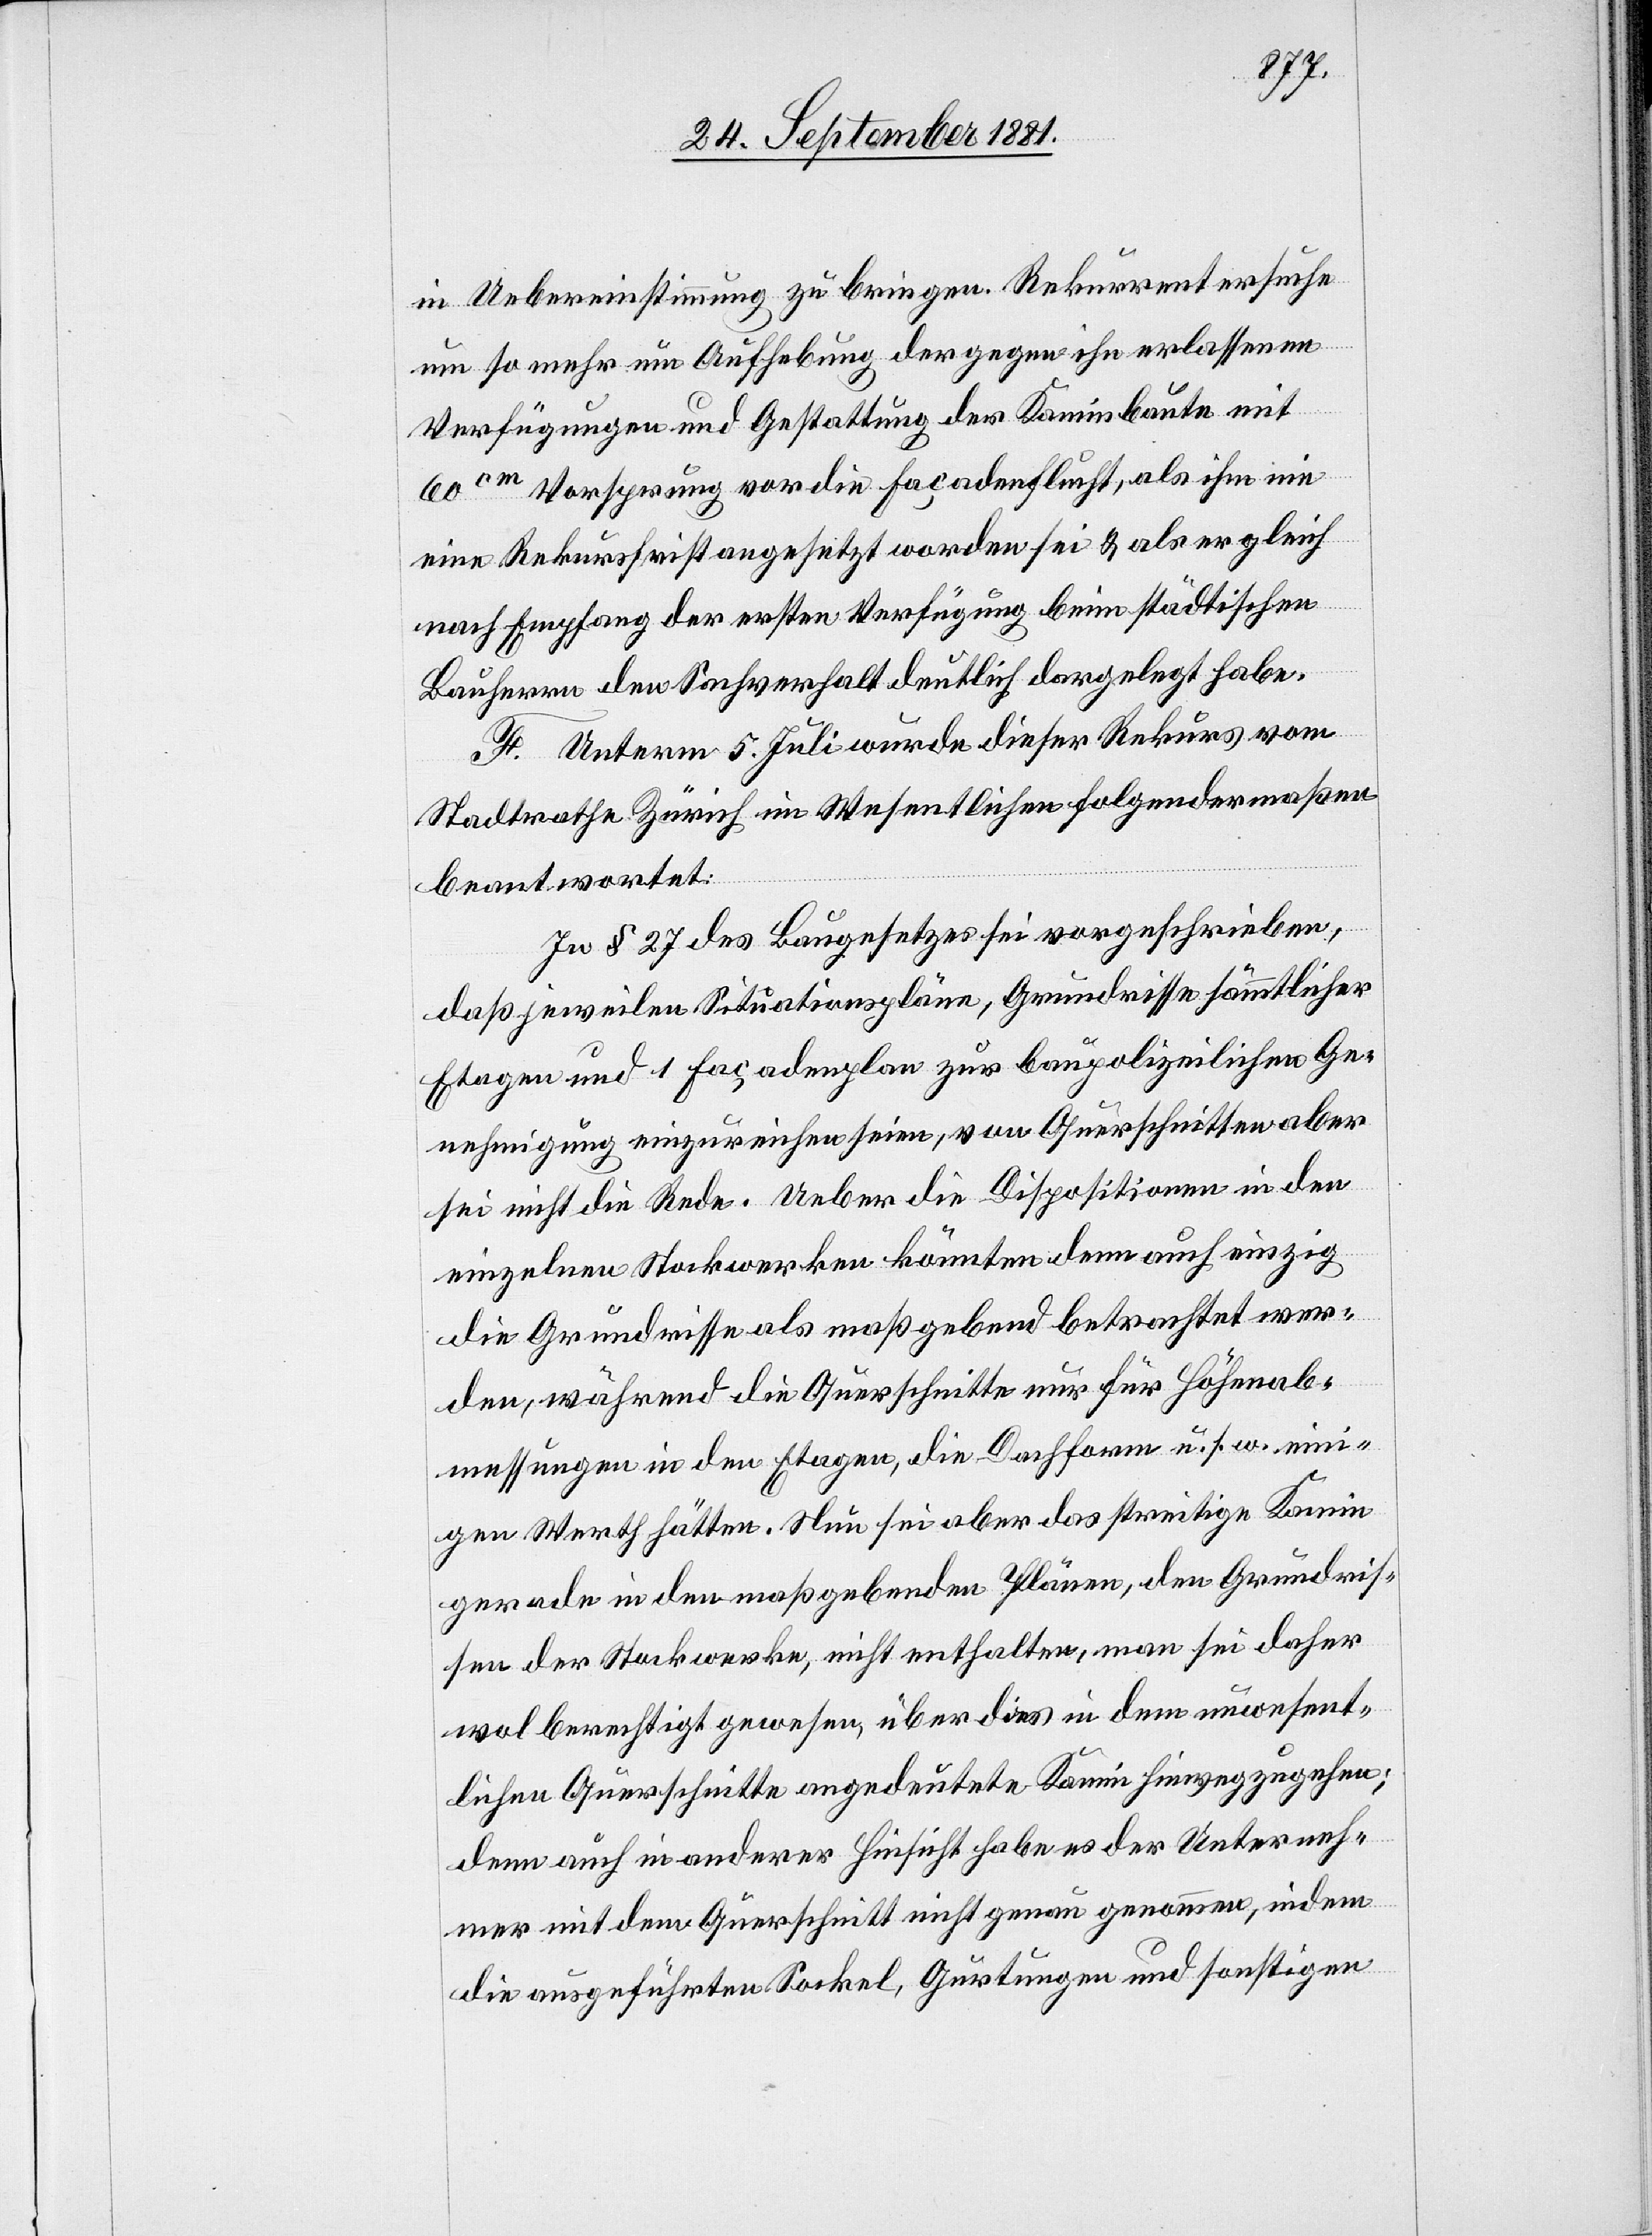
in Uebereinstimmung zu bringen. Rekurrent ersuche
um so mehr um Aufhebung der gegen ihn erlassenen
Verfügungen und Gestattung der Kaminbaute mit
60cm Vorsprung vor die Façadenflucht, als ihm nie
eine Rekursfrist angesetzt worden sei & als er gleich
nach Empfang der ersten Verfügung beim städtischen
Bauherrn den Sachverhalt deutlich dargelegt habe.
F. Unterm 5. Juli wurde dieser Rekurs vom
Stadtrathe Zürich im Wesentlichen folgendermaßen
beantwortet:
In § 27 des Baugesetzes sei vorgeschrieben,
daß jeweilen Situationspläne, Grundrisse sämmtlicher
Etagen und 1 Façadenplan zur baupolizeilichen Ge¬
nehmigung einzureichen seien, von Querschnitten aber
sei nicht die Rede. Ueber die Dispositionen in den
einzelnen Stockwerken könnten denn auch einzig
die Grundrisse als maßgebend betrachtet wer¬
den, während die Querschnitte nur für Höhenab¬
messungen in den Etagen, die Dachform u. s. w. eini¬
gen Werth hätten. Nun sei aber das streitige Kamin
gerade in den maßgebenden Plänen, den Grundris¬
sen der Stockwerke, nicht enthalten, man sei daher
wol berechtigt gewesen, über dies in dem unwesent¬
lichen Querschnitte angedeutete Kamin hinwegzugehen;
denn auch in anderer Hinsicht habe es der Unterneh¬
mer mit dem Querschnitt nicht genau genommen, indem
die ausgeführten Sockel, Gurtungen und sonstigen